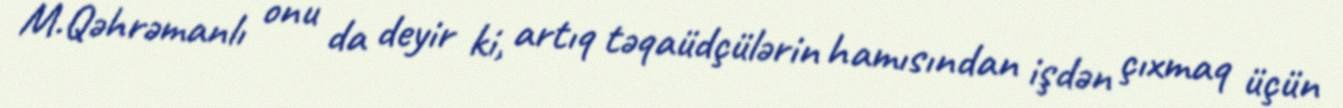
M.Qəhrəmanlı onu da deyir ki, artıq təqaüdçülərin hamısından işdən çıxmaq üçün